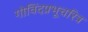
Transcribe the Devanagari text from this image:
गोविंदप्रभूचरित्र